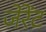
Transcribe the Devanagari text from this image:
जेरेंट